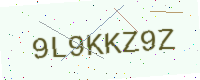
Text: 9L9KKZ9Z